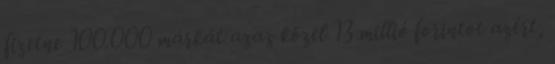
fizetne 100.000 márkát azaz közel 13 millió forintot azért,